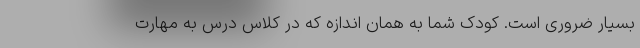
بسیار ضروری است. کودک شما به همان اندازه که در کلاس درس به مهارت